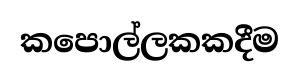
කපොල්ලකකදීම